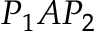
P _ { 1 } A P _ { 2 }